Indian journal of veterinary science and animal husbandry - Volume 5,
Year: 1935
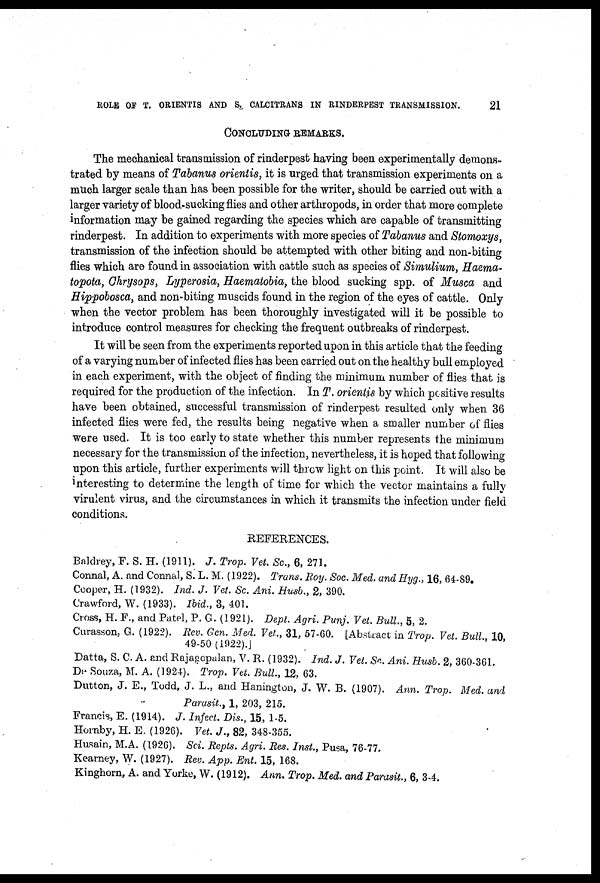
ROLE OF T. ORIENTIS AND S. CALCITRANS IN RINDERPEST TRANSMISSION.
21
CONCLUDING REMARKS.
The mechanical transmission of rinderpest having been experimentally demons-
trated by means of Tabanus orientis, it is urged that transmission experiments on a
much larger scale than has been possible for the writer, should be carried out with a
larger variety of blood-sucking flies and other arthropods, in order that more complete
information may be gained regarding the species which are capable of transmitting
rinderpest. In addition to experiments with more species of Tabanus and Stomoxys,
transmission of the infection should be attempted with other biting and non-biting
flies which are found in association with cattle such as species of Simulium, Haema¬
topota, Chrysops, Lyperosia, Haematobia, the blood sucking spp. of Musca and
Hippobosca, and non-biting muscids found in the region of the eyes of cattle. Only
when the vector problem has been thoroughly investigated will it be possible to
introduce control measures for checking the frequent outbreaks of rinderpest.
It will be seen from the experiments reported upon in this article that the feeding
of a varying number of infected flies has been carried out on the healthy bull employed
in each experiment, with the object of finding the minimum number of flies that is
required for the production of the infection. In T. orientis by which positive results
have been obtained, successful transmission of rinderpest resulted only when 36
infected flies were fed, the results being negative when a smaller number of flies
were used. It is too early to state whether this number represents the minimum
necessary for the transmission of the infection, nevertheless, it is hoped that following
upon this article, further experiments will throw light on this point. It will also be
interesting to determine the length of time for which the vector maintains a fully
virulent virus, and the circumstances in which it transmits the infection under field
conditions.
REFERENCES.
Baldrey, F. S. H. (1911). J. Trop. Vet. Sc., 6, 271.
Connal, A. and Connal, S. L. M. (1922). Trans. Roy. Soc. Med. and Hyg., 16, 64-89.
Cooper, H. (1932). Ind. J. Vet. Sc. Ani. Husb., 2, 390.
Crawford, W. (1933). Ibid., 3, 401.
Cross, H. F., and Patel, P. G. (1921). Dept. Aqri. Punj. Vet. Bull., 5, 2.
Curasson, G. (1922). Rev. Gen. Med. Vet., 31, 57-60. [Abstract in Trop. Vet. Bull., 10,
49-50 (1922).]
Datta, S. C. A. and Rajagopalan, V. R. (1932). Ind. J. Vet. Sc. Ani. Husb. 2, 360-361.
De Souza, M. A. (1924). Trop. Vet. Bull., 12, 63.
Dutton, J. E., Todd, J. L., and Hanington, J. W. B. (1907). Ann. Trop. Med. and
Parasit., 1, 203, 215.
Francis, E. (1914). J. Infect. Dis., 15, 1-5.
Hornby, H. E. (1926). Vet. J., 82, 348-355.
Husain, M.A. (1926). Sci. Repts. Agri. Res. Inst., Pusa, 76-77.
Kearney, W. (1927). Rev. App. Ent. 15, 168.
Kinghorn, A. and Yorke, W. (1912). Ann. Trop. Med. and Parasit., 6, 3-4.